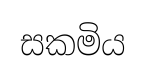
සකමිය